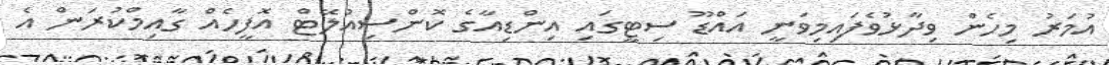
އުމަރު މިހެން ވިދާޅުވެފައިމިވަނީ އައްޑޫ ސިޓީގައި އިންޑިއާގެ ކޮންސިއުލޭޓް އޮފީހެއް ގާއިމްކުރަން އެ